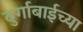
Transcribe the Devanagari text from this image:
दुर्गाबाईच्या